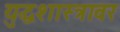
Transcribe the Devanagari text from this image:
युद्धशास्त्रावर